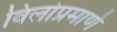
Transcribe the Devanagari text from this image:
विलोप्रमाणे